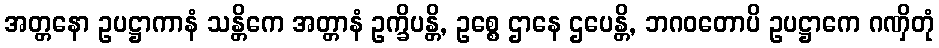
အတ္တနော ဥပဋ္ဌာကာနံ သန္တိကေ အတ္တာနံ ဥက္ခိပန္တိ, ဥစ္စေ ဌာနေ ဌပေန္တိ, ဘဂဝတောပိ ဥပဋ္ဌာကေ ဂဏှိတုံ